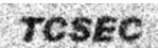
TCSEC